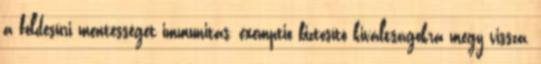
a földesúri mentességet immunitas, exemptio biztosító kiváltságokra megy vissza,